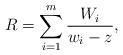
LaTeX: \begin{gather*}R=\sum_{i=1}^{m}\frac{W_{i}}{w_{i}-z},\end{gather*}